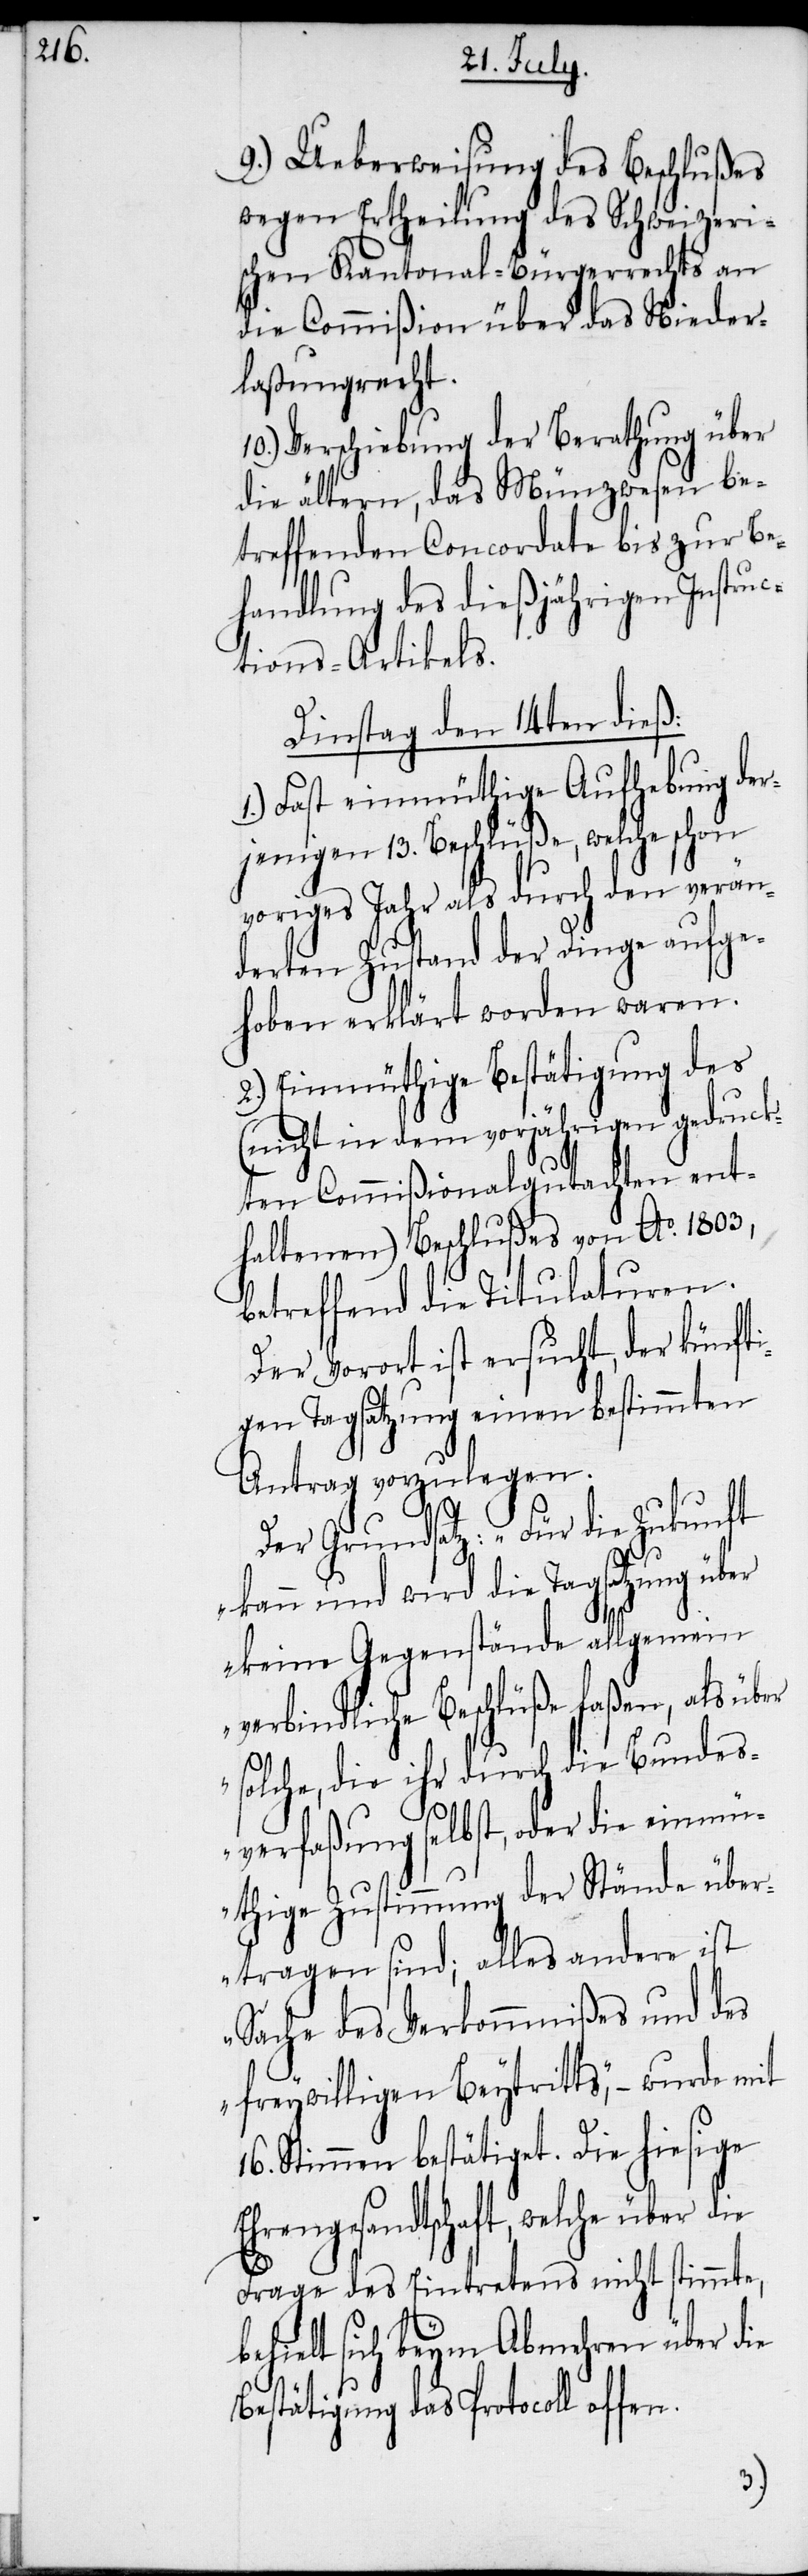
16.

9.) Ueberweisung des Beschlußes
wegen Ertheilung des Schweizeri¬
schen Kantonal-Bürgerrechts an
die Commißion über das Nieder¬
laßungsrecht.
10.) Verschiebung der Berathung über
die ältern, das Münzwesen be¬
treffenden Concordate bis zur Be¬
handlung des dießjährigen Instruc¬
tions-Artikels.
Dinstag den 14ten dieß:
1.) Fast einmüthige Aufhebung der¬
jenigen 13. Beschlüße, welche schon
voriges Jahr als durch den verän¬
derten Zustand der Dinge aufge¬
hoben erklärt worden waren.
2.) Einmüthige Bestätigung des
(nicht in dem vorjährigen gedruckt¬
en Commißionalgutachten ent¬
haltenen) Beschlußes von Ao. 1803,
betreffend die Titulaturen.
Der Vorort ist ersucht, der künfti¬
gen Tagsatzung einen bestimmten
Antrag vorzulegen.
Der Grundsatz: „Für die Zukunft
kann und wird die Tagsatzung über
keine Gegenstände allgemein
verbindliche Beschlüße faßen, als über
solche, die ihr durch die Bundes¬
verfaßung selbst, oder die einmü¬
thige Zustimmung der Stände über¬
tragen sind; alles andere ist
Sache des Verkommnißes und des
freywilligen Beytritts“, − wurde mit
Stimmen bestätiget. Die hiesige
Ehrengesandtschaft, welche über die
Frage des Eintretens nicht stimmte,
behielt sich beym Abmehren über die
Bestätigung das Protocoll